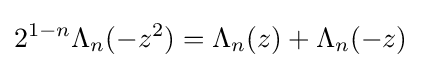
2^{1-n}\Lambda _{n}(-z^{2})=\Lambda _{n}(z)+\Lambda _{n}(-z)